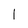
Character: l